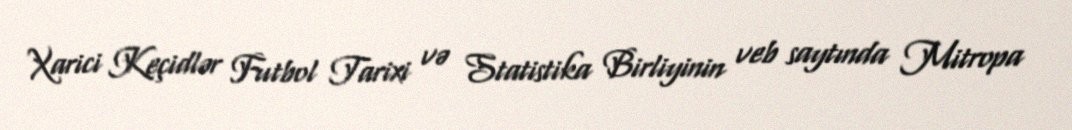
Xarici Keçidlər Futbol Tarixi və Statistika Birliyinin veb saytında Mitropa